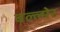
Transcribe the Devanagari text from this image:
बल्ल्मेर